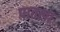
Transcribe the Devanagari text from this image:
पातला